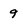
Character: 9